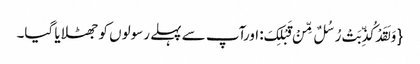
{ وَ لَقَدْ کُذِّبَتْ رُسُلٌ مِّنْ قَبْلِکَ: اورآپ سے پہلے رسولوں کو جھٹلایا گیا۔